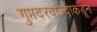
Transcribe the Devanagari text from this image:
गुप्तदरवाज्याकडून